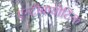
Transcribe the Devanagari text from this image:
एन्टीबायोटिक